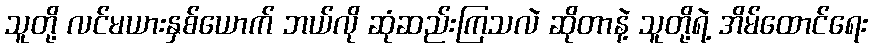
သူတို့ လင်မယားနှစ်ယောက် ဘယ်လို ဆုံဆည်းကြသလဲ ဆိုတာနဲ့ သူတို့ရဲ့ အိမ်ထောင်ရေး